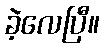
ခဲ့လေပြီ။